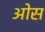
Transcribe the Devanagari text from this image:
आेस